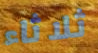
ثلاثاء